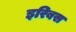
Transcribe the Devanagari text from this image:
इरिबस